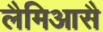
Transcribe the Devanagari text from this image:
लैमिआसै